Vaccination North-Western Provinces and Oudh 1878-1895 - 1878-1895
Year: 1878
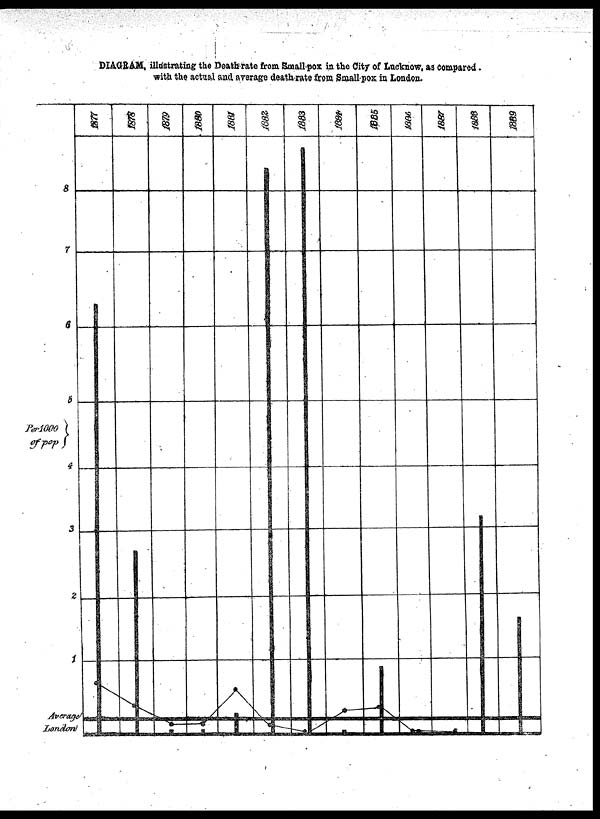
DIAGRAM, illustrating the Death rate from Small-pox in the City of Lucknow, as compared.
with the actual and average death-rate from Small-pox in London.